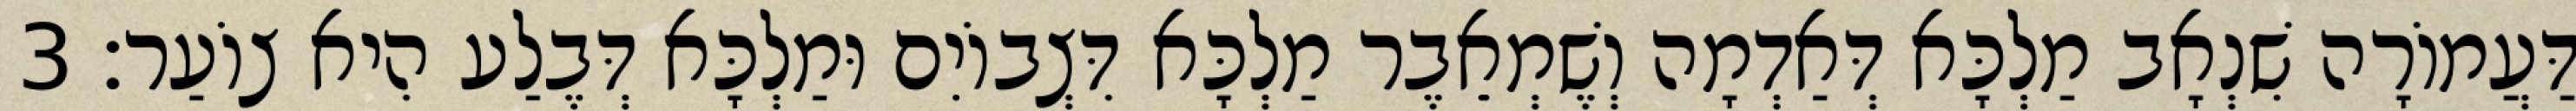
דַּעֲמוֹרָה שִׁנְאָב מַלְכָּא דְּאַדְמָה וְשֶׁמְאֵבֶר מַלְכָּא דִּצְבוֹיִם וּמַלְכָּא דְּבֶלַע הִיא צוֹעַר׃ 3